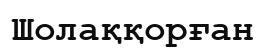
Шолаққорған